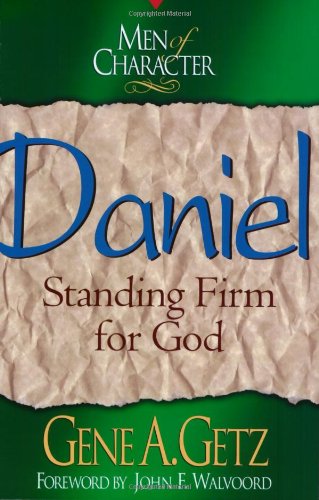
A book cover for Men of Character: Daniel: Standing Firm for God; Dr. Gene A. Getz; Christian Books & Bibles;